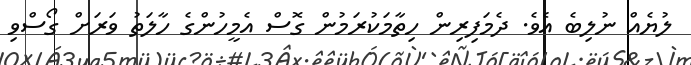
ލުޔެއް ނުލިބެ އެވެ. ދެމަފިރިން ހިތާމަކުރަމުން ގޮސް އެމީހުންގެ ހާލަތު ވަރަށް ގޯސްވި